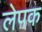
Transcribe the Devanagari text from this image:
लेपक